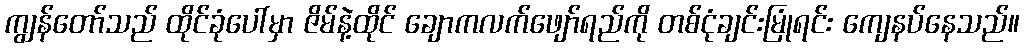
ကျွန်တော်သည် ထိုင်ခုံပေါ်မှာ ဇိမ်နဲ့ထိုင် ချောကလက်ဖျော်ရည်ကို တစ်ငုံချင်းမြုံရင်း ကျေနပ်နေသည်။